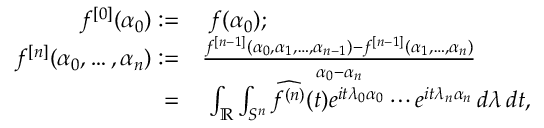
\begin{array} { r l } { f ^ { [ 0 ] } ( \alpha _ { 0 } ) : = } & { ~ f ( \alpha _ { 0 } ) ; } \\ { f ^ { [ n ] } ( \alpha _ { 0 } , \ldots , \alpha _ { n } ) : = } & { \frac { f ^ { [ n - 1 ] } ( \alpha _ { 0 } , \alpha _ { 1 } , \ldots , \alpha _ { n - 1 } ) - f ^ { [ n - 1 ] } ( \alpha _ { 1 } , \ldots , \alpha _ { n } ) } { \alpha _ { 0 } - \alpha _ { n } } } \\ { = } & { ~ \int _ { \mathbb R } \int _ { S ^ { n } } \widehat { f ^ { ( n ) } } ( t ) e ^ { i t \lambda _ { 0 } \alpha _ { 0 } } \cdots e ^ { i t \lambda _ { n } \alpha _ { n } } \, d \lambda \, d t , } \end{array}